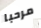
مرحبا